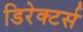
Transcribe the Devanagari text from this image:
डिरेक्टर्स